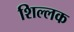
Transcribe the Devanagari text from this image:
शिल्‍लक